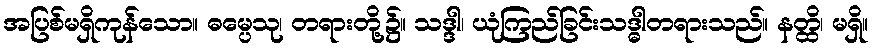
အပြစ်မရှိကုန်သော။ ဓမ္ပေသု၊ တရားတို့၌။ သဒ္ဒါ၊ ယုံကြည်ခြင်းသဒ္ဓါတရားသည်။ နတ္ထိ၊ မရှိ။